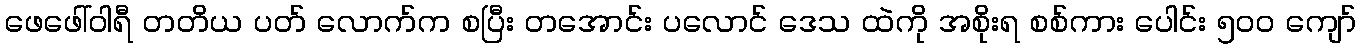
ဖေဖေါ်ဝါရီ တတိယ ပတ် လောက်က စပြီး တအောင်း ပလောင် ဒေသ ထဲကို အစိုးရ စစ်ကား ပေါင်း ၅၀၀ ကျော်